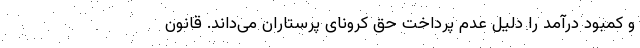
و کمبود درآمد را دلیل عدم پرداخت حق کرونای پرستاران می‌داند. قانون